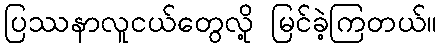
ပြဿနာလူငယ်တွေလို့ မြင်ခဲ့ကြတယ်။